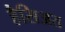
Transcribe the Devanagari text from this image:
हैसिअत